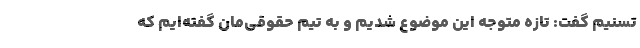
تسنیم گفت: تازه متوجه این موضوع شدیم و به تیم حقوقی‌مان گفته‌ایم که